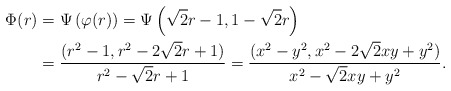
\begin{align*}\Phi(r) &= \Psi\left(\varphi(r)\right)= \Psi\left(\sqrt 2 r - 1, 1 - \sqrt 2 r \right)\\&=\frac{(r^2 - 1, r^2 - 2\sqrt2r + 1)}{r^2 - \sqrt2 r + 1}=\frac{(x^2 - y^2, x^2 - 2\sqrt 2 xy +y^2)}{x^2 - \sqrt 2 xy + y^2}.\end{align*}